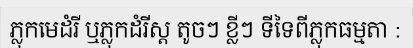
ភ្លុកមេដំរី ឬភ្លុកដំរីស្ត តូចៗ ខ្លីៗ ទីទៃពីភ្លុកធម្មតា :